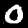
Label: 0